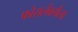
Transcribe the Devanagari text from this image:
फोरार्लबर्गला